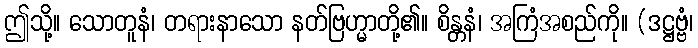
ဤသို့။ သောတူနံ၊ တရားနာသော နတ်ဗြဟ္မာတို့၏။ စိန္တနံ၊ အကြံအစည်ကို။ (ဒဋ္ဌဗ္ဗံ၊